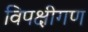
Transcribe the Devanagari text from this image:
विपक्षीगण